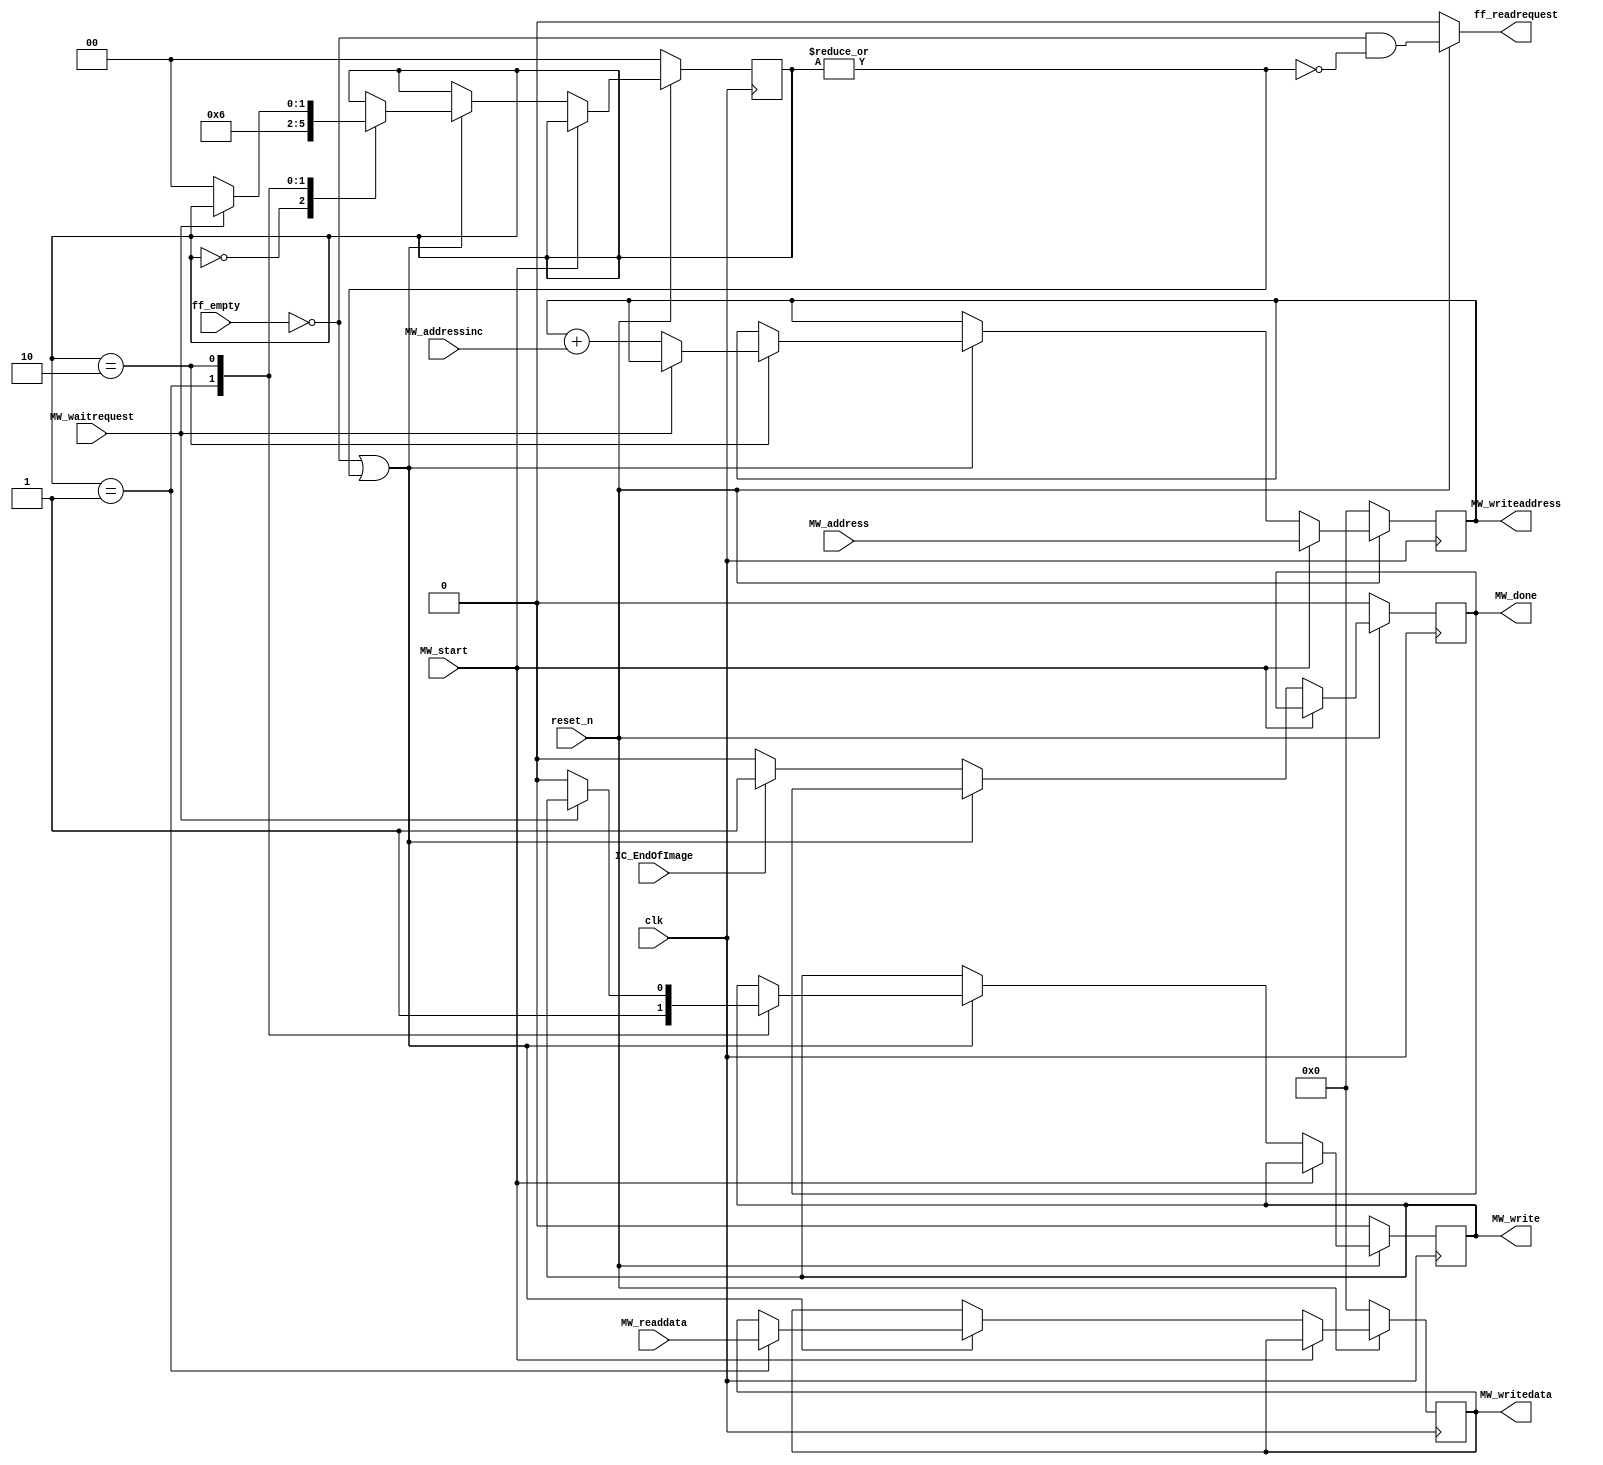
module ic_master_write (
					// Inputs
					clk,
					reset_n,
					MW_start,												
					ff_empty,
					MW_waitrequest,
					MW_addressinc,
					
					MW_address,
					MW_readdata,
					IC_EndOfImage,
					
					// Output
					MW_done,
					ff_readrequest,
					MW_write,
					
					MW_writeaddress,
					MW_writedata
			);
				
// ------------------ InOut Declarations --------------------
input			clk,
				reset_n,
				MW_start,				
				ff_empty,
				MW_waitrequest,
				IC_EndOfImage;
input 	[2:0] 	MW_addressinc;
input	[31:0]	MW_address,
				MW_readdata;

						
output			MW_done,
				ff_readrequest,
				MW_write;
output	[31:0]	MW_writeaddress,
				MW_writedata;
				
// ------------------ Reg Declarations --------------------					
reg				MW_done,
				MW_write;
reg		[1:0]	state;
reg		[31:0]	MW_writedata,
				MW_writeaddress;
// ------------------ Wire Declarations ------------------
wire 			ff_readrequest;

// ========================================================
// Main FSM
// ========================================================
assign ff_readrequest = (~reset_n) ? 1'b0 : (~ff_empty && ~|state);

always @ (posedge clk)				
begin
	if (~reset_n)
	begin
		state <= 2'h0;
		{MW_write, MW_done} <= 2'b0;
		{MW_writedata, MW_writeaddress} <= {2{32'h0}};
	end
	
	else
	begin
		if (MW_start)
			MW_writeaddress <= MW_address;
			
		else if (~ff_empty || |state)		
			case (state)
				2'h0: state <= 2'h1;
				2'h1: begin
					MW_write <= 1'b1;
					MW_writedata <= MW_readdata;
					state <= 2'h2;
				end
				2'h2: if (~MW_waitrequest)
					begin
						MW_writeaddress <= MW_writeaddress + MW_addressinc;
						MW_write <= 1'b0;
						state <= 2'h0;
					end						
			endcase
		
		else if (IC_EndOfImage)
			MW_done	<= 1'b1;
		else
			MW_done <= 1'b0;
	end
end
endmodule